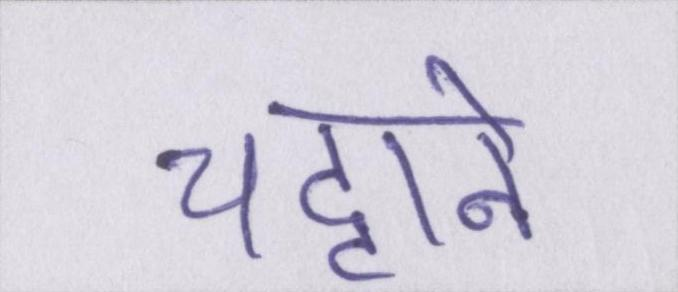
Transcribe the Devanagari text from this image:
चट्टाने